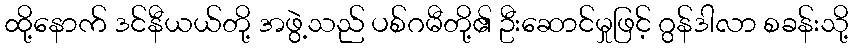
ထို့နောက် ဒင်နီယယ်တို့ အဖွဲ့သည် ပစ်ဂမီတို့၏ ဦးဆောင်မှုဖြင့် ဂွန်ဒါလာ စခန်းသို့